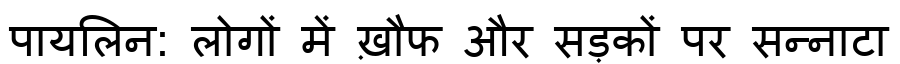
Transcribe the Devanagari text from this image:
पायलिन: लोगों में ख़ौफ और सड़कों पर सन्नाटा